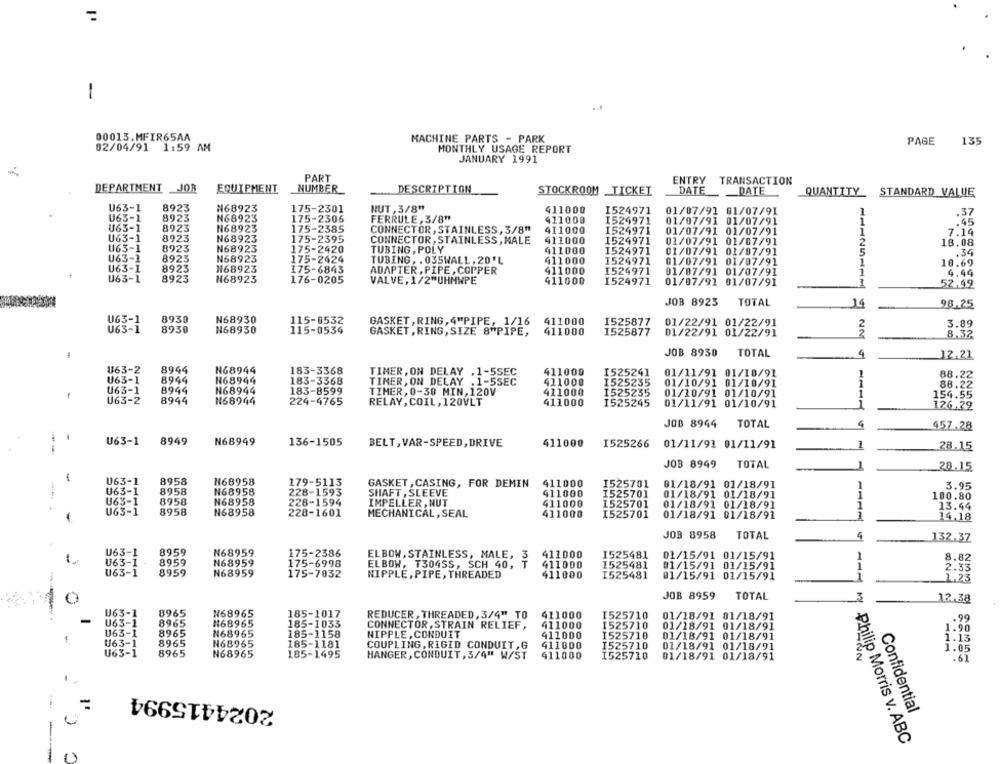
1
00013.MFIR65AA
MACHINE PARTS - PARK
PAGE
135
02/04/91 1:59 AM
MONTHLY USAGE REPORT
JANUARY 1991
PART
ENTRY
TRANSACTION
DEPARTMENT _JOB
EQUIPMENT
NUMBER
DESCRIPTION
STOCKROOM _TICKET
DATE
DATE
QUANTITY STANDARD VALUE
U63-1
8923
N68923
175-2301
NUT, 3/8"
411000
I524971
01/07/91 01/07/91
.37
U63-1
8923
N68923
175-2306
FERRULE, 3/8"
411000
I524971
01/07/91 01/07/91
1
65
U63-1
8923
N68923
175-2385
CONNECTOR, STAINLESS, 3/8"
411000
I524971
01/07/91 01/07/91
U63-1
8923
1
7.14
N68923
175-2395
CONNECTOR, STAINLESS, MALE
411000
I524971
01/07/91 01/07/91
18.08
U63-1
8923
N68923
175-2420
TUBING , POLY
411000
I524971
01/07/91 01/07/91
.39
U63-1
8923
N68923
175-2424
TUBING, . 035WALL , 20' L
411000
I524971
01/07/91 01/07/91
U63-1
8923
168923
18.69
175-6843
ADAPTER , PIPE , COPPER
411000
I524971
01/07/91 01/07/91
4.44
U63-1
8923
H68923
176-0205
VALVE, 1/2"UHMWPE
411000
I524971
01/07/91 01/07/91
52.49
JOB 8923
TOTAL
14
98.25
U63-1
8930
N68930
115-0532
GASKET , RING, 4"PIPE, 1/16
411000
1525877
01/22/91 01/22/91
3.89
U63-1
8930
N68930
115-0534
GASKET , RING, SIZE 8"PIPE,
411000
1525877
01/22/91 01/22/91
8.32
4
JOB 8930
TOTAL
4
12.21
U63-2
8944
N68944
183-3368
TIMER, ON DELAY . 1-5SEC
411000
I525241
01/11/91 01/10/91
1
88.22
U63-1
8944
N68944
183-3368
TIMER, ON DELAY . 1-5SEC
411000
1525235
01/10/91 01/10/91
88.22
U63-1
8944
N68944
183-8599
TIMER, 0-30 MIN, 120V
411000
1525235
01/10/91 01/10/91
1
154.55
U63-2
8944
N68944
224-4765
RELAY , COIL , 120VLT
411000
1525245
01/11/91 01/10/91
1
126.22
JOB 8944
TOTAL
4
457.28
U63-1
8949
N68949
136-1505
BELT, VAR-SPEED, DRIVE
411000
I525266
01/11/91 01/11/91
1
28.15
JOB 8949
TOTAL
1
28.15
1
063-1
8958
N68958
179-5113
U63-1
8958
N68958
GASKET , CASING, FOR DEMIN
411000
1525701
01/18/91 01/18/91
3.95
228-1593
SHAFT , SLEEVE
411000
I525701
01/18/91 01/18/91
1
100.80
U63-1
8958
N68958
228-1594
IMPELLER, NUT
411000
1525701
01/18/91 01/18/91
13.44
U63-1
8958
N68958
228-1601
MECHANICAL, SEAL
I525701
411000
01/18/91 01/18/91
1
14.18
JOB 8958
TOTAL
4
132.37
U63-1
8959
N68959
175-2386
ELBOW, STAINLESS, MALE, 3 411000
1525481
01/15/91 01/15/91
8.82
U63-1
8959
N68959
175-6998
ELBOW, T304SS, SCH 40, T
411000
1525481
01/15/91 01/15/91
1
2.33
U63-1
8959
N68959
175-7032
NIPPLE, PIPE, THREADED
411000
I525481
01/15/91 01/15/91
1
1.23
JOB 8959
TOTAL
12.38
8965
U63-1
N68965
185-1017
REDUCER , THREADED, 3/4" TO 411000
I525710
01/18/91 01/18/91
U63-1
8965
#68965
185-1033
CONNECTOR, STRAIN RELIEF,
411000
1525710
01/18/91 01/18/91
U63-1
8965
N68965
185-1158
NIPPLE, CONDUIT
411000
1525710
01/18/91 01/18/91
U63-1
8965
N68965
185-1181
COUPLING, RIGID CONDUIT , G
411000
I525710
01/18/91 01/18/91
U63-1
8965
N68965
185-1495
HANGER , CONDUIT , 3/4" W/ST
411000
I525710
01/18/91 01/18/91
2
.61
2024415994
=
Confidential
Philip Morris v. ABC